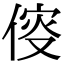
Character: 𠋢